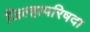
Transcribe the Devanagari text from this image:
जिल्हापरिषदा